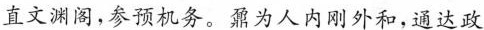
直文渊阁，参预机务。鼐为人内刚外和，通达政